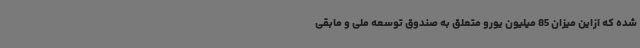
شده که ازاین میزان 85 میلیون یورو متعلق به صندوق توسعه ملی و مابقی